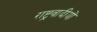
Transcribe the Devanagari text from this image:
राष्ट्रवादीयों